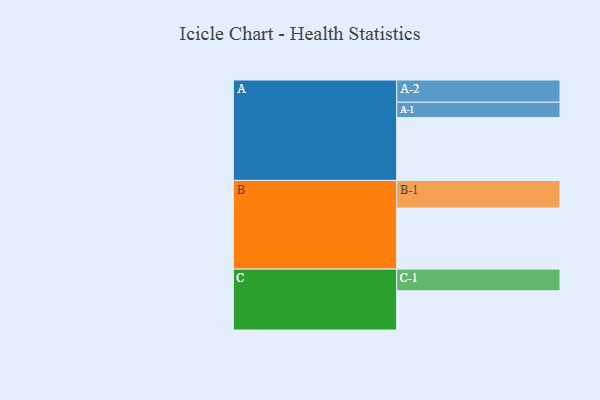
{"axis": {"x": "Segment", "y": "Value"}, "legend": ["", "A", "B", "C"], "data": [{"x": "A", "y": 593, "type": ""}, {"x": "B", "y": 576, "type": ""}, {"x": "C", "y": 370, "type": ""}, {"x": "A-1", "y": 145, "type": "A"}, {"x": "A-2", "y": 210, "type": "A"}, {"x": "B-1", "y": 261, "type": "B"}, {"x": "C-1", "y": 205, "type": "C"}]}